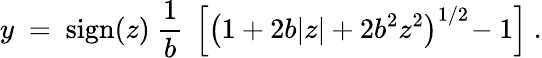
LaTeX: y~=~\mathrm{sign}(z)~\frac{1}{b}~\left[\left(1+2b|z|+2b^{2}z^{2}\right)^{1/2}\! -1\right]~.